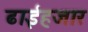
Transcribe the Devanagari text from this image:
ढाईहजार